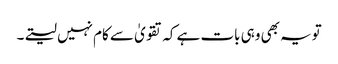
تویہ بھی وہی بات ہے کہ تقویٰ سے کام نہیں لیتے۔